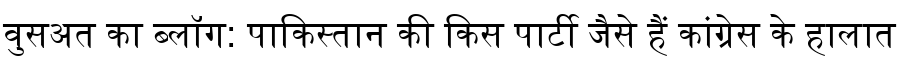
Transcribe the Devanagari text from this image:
वुसअत का ब्लॉग: पाकिस्तान की किस पार्टी जैसे हैं कांग्रेस के हालात